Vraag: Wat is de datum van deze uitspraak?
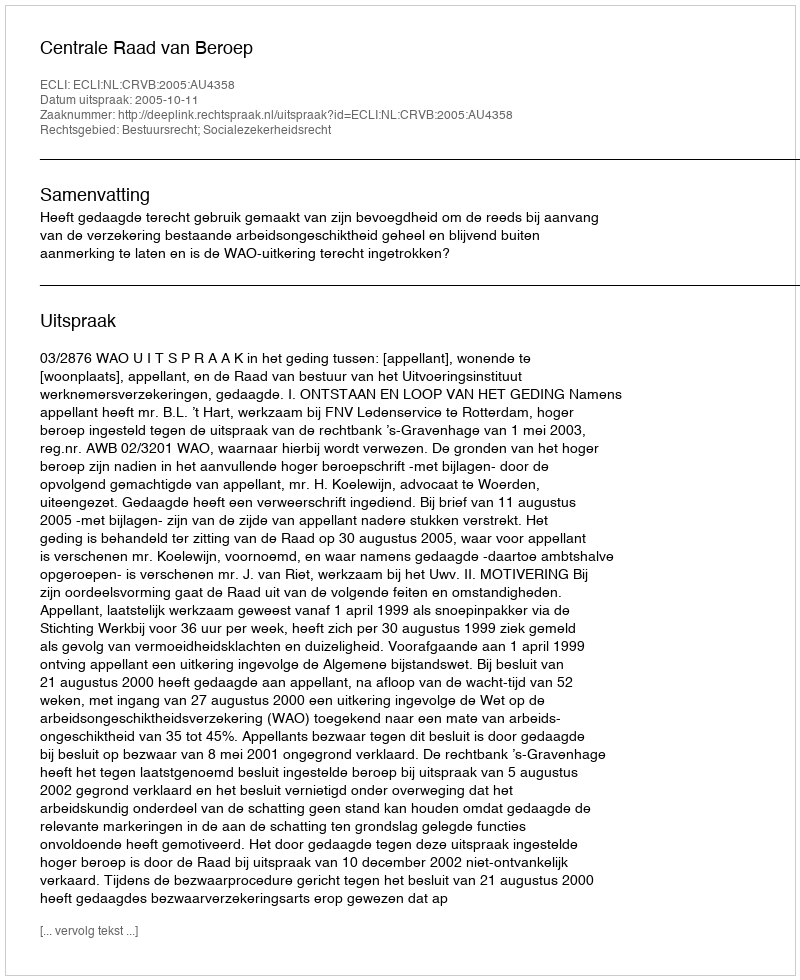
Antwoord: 2005-10-11